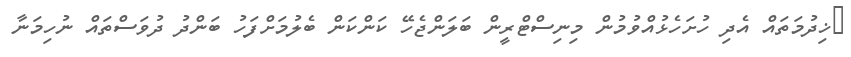
ޚިދުމަތައް އެދި ހުށަހެޅުއްވުމުން މިނިސްޓްރީން ބަލަންޖެހޭ ކަންކަން ބެލުމަށްފަހު ބަންދު ދުވަސްތައް ނުހިމަނާ